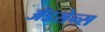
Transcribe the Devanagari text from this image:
ॲडसेन्स